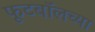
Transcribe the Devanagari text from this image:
फूटबॉलच्या